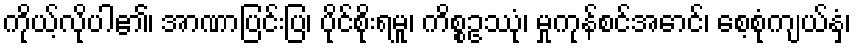
ကိုယ့်လိုပါ၏၊ အာဏာပြင်းပြ၊ ပိုင်စိုးရမူ၊ ကိစ္စဥဿုံ၊ မှုကုန်စင်အောင်၊ စေ့စုံကျယ်နှံ့၊